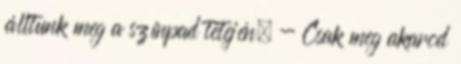
álltunk meg a színpad tetején. - Csak meg akarod